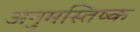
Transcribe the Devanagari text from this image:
अनुमस्तिष्‍क